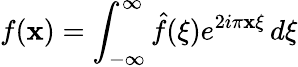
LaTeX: f(\mathbf{x})=\int_{-\infty}^{\infty}{\hat{{f}}}(\xi)e^{2i\pi\mathbf{x}\xi}\, d\xi